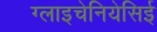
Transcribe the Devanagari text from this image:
ग्लाइचेनियेसिई